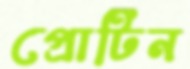
প্রোটিন